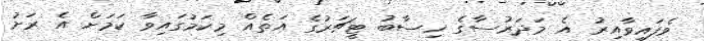
ވެފައިވާއިރު އެ މަދަރުސާގެ ހިސާބު ޓީޗަރުގެ އަތެއް މިކަމުގައިވާ ކަމަށް އެ ރަށު